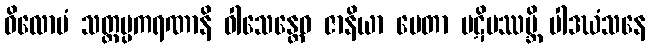
ဝိလောပံ သတ္တပ္ပကရဏာနိ ဝါသေန္တေဝ ဇာနိယာ ပေတာ ပဋိပဿမ္ဘိ ပါဒဃံသနေ